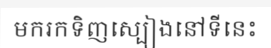
មករកទិញស្បៀងនៅទីនេះ